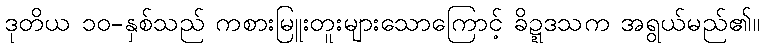
ဒုတိယ ၁၀-နှစ်သည် ကစားမြူးတူးများသောကြောင့် ခိဍ္ဍဒသက အရွယ်မည်၏။